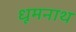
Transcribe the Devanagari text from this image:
धूमनाथ